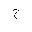
Letter: _gim